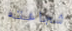
شجاعته